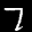
Label: 7